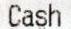
CASH